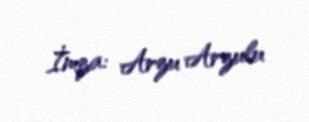
İmza: Arzu Arzulu